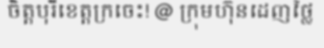
ចិត្តបុរីខេត្តក្រចេះ! @ ក្រុមហ៊ុនដេញថ្លៃ